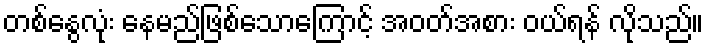
တစ်နွေလုံး နေမည်ဖြစ်သောကြောင့် အဝတ်အစား ဝယ်ရန် လိုသည်။